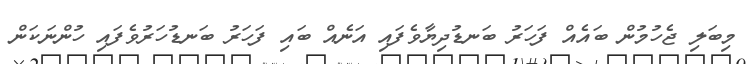
މިބަލި ޖެހުމުން ބައެއް ފަހަރު ބަނޑުދިޔާވެފައި އަނެއް ބައި ފަހަރު ބަނޑުހަރުވެފައި ހުންނަކަން